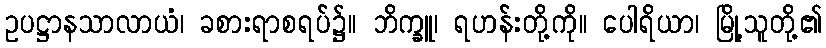
ဥပဋ္ဌာနသာလာယံ၊ ခစားရာစရပ်၌။ ဘိက္ခူ၊ ရဟန်းတို့ကို။ ပေါရိယာ၊ မြို့သူတို့၏